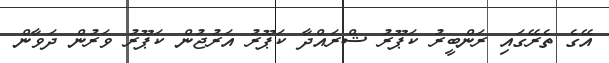
އޭގެ ތެރޭގައި ރަންބީރު ކަޕޫރު ޝްރައްދާ ކަޕޫރު އަރުޖުން ކަޕޫރު ވަރުން ދަވާން